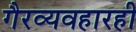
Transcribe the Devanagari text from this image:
गैरव्यवहारही